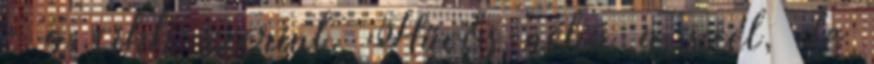
- a cikk szerint. Hűvős néha a szél, de